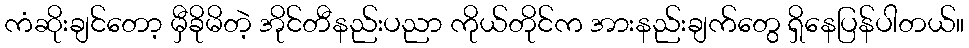
ကံဆိုးချင်တော့ မှီခိုမိတဲ့ အိုင်တီနည်းပညာ ကိုယ်တိုင်က အားနည်းချက်တွေ ရှိနေပြန်ပါတယ်။